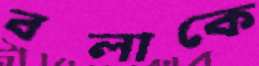
বলাকে